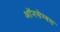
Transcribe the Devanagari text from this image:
ऑनसेम्बल